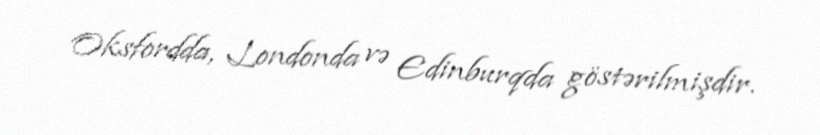
Oksfordda, Londonda və Edinburqda göstərilmişdir.